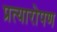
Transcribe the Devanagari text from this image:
प्रत्‍यारोपण